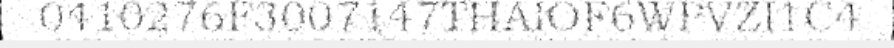
0410276F3007147THAIOF6WPVZI1C4